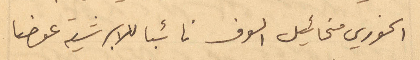
الخوري مخائيل الوف نائبا للابرشية عوضا